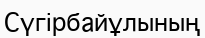
Сүгірбайұлының